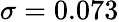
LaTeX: \sigma=0.073